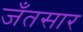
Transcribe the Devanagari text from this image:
जँतसार